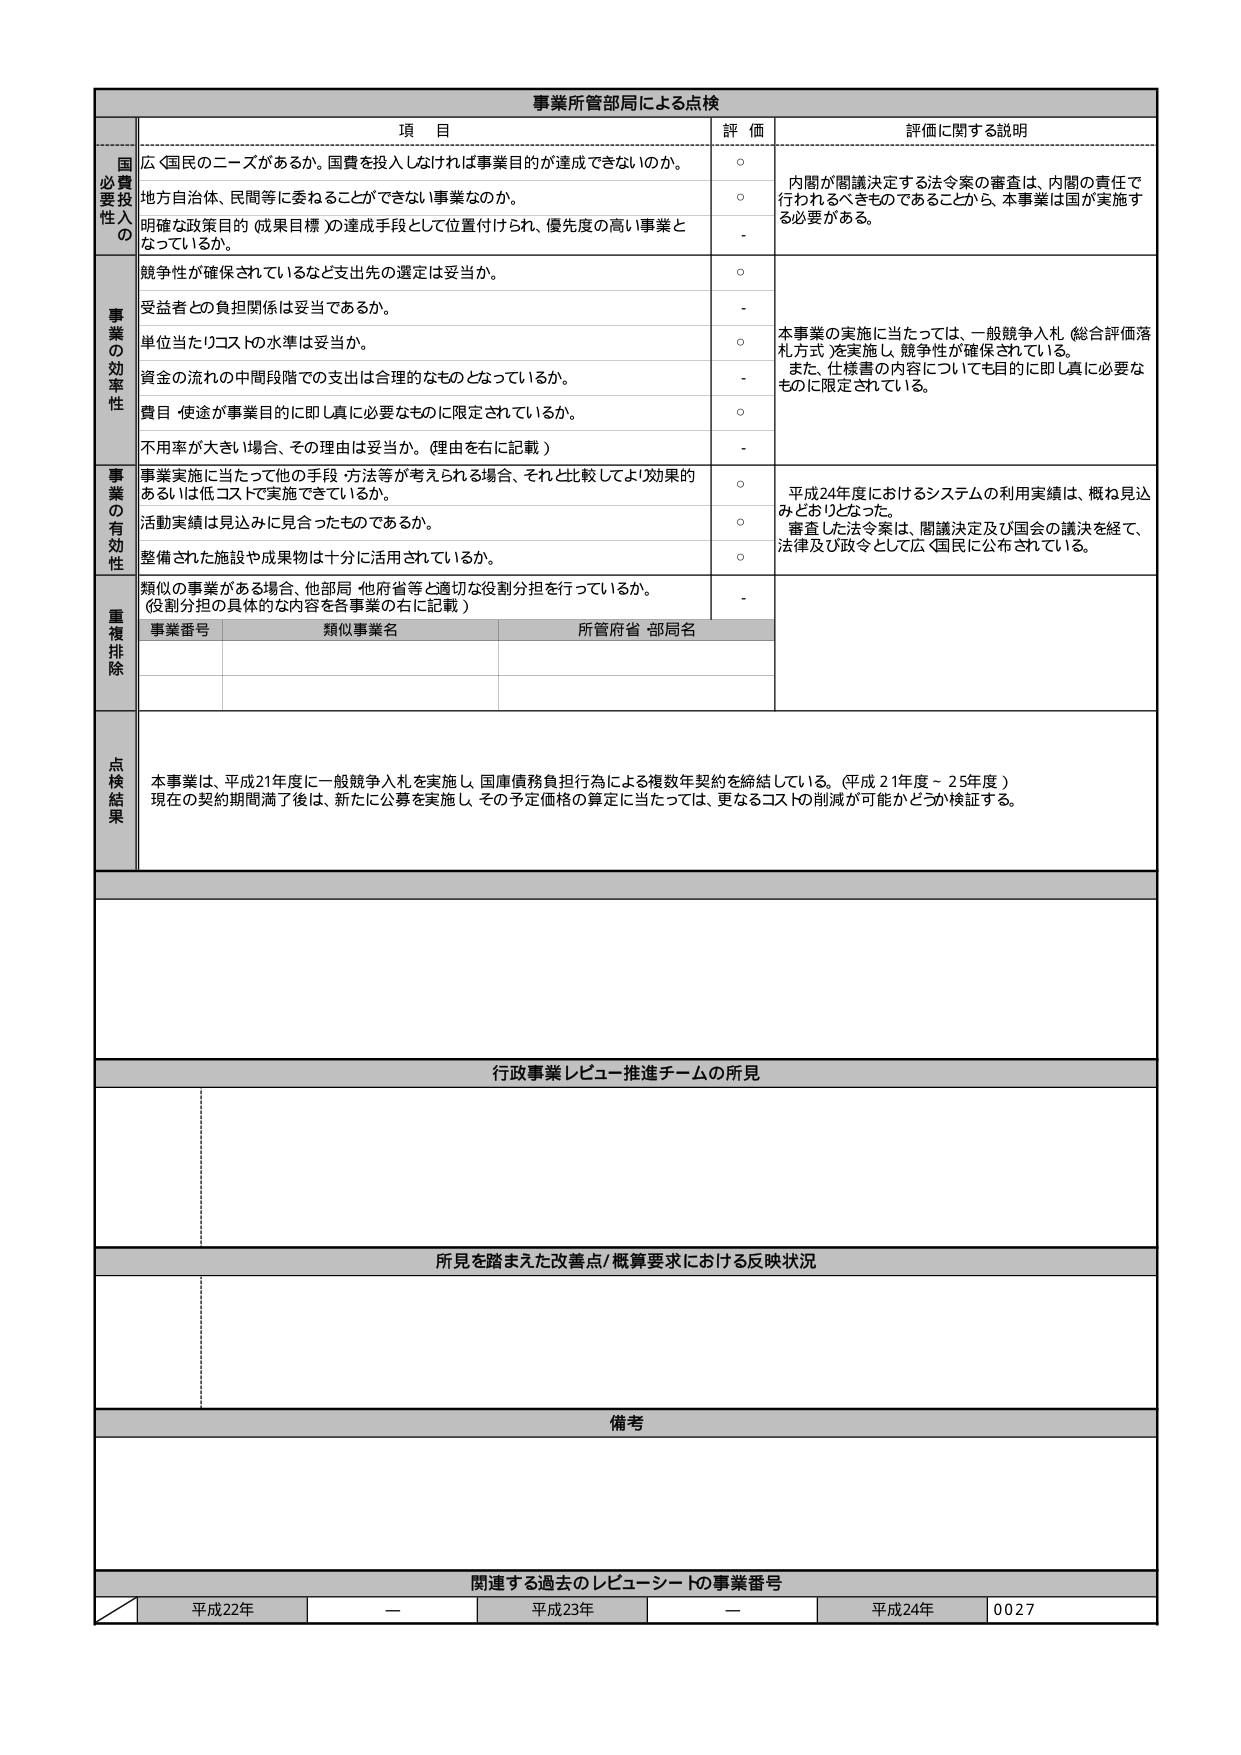
事業所管部局による点検

項 目
評 価
評価に関する説明

国費必要性の
広く国民のニーズがあるか。国費を投入しなければ事業目的が達成できないのか。
○
内閣が閣議決定する法令案の審査は、内閣の責任で行われるべきものであることから、本事業は国が実施する必要がある。

地方自治体、民間等に委ねることができない事業なのか。
○

明確な政策目的（成果目標）の達成手段として位置付けられ、優先度の高い事業となっているか。
-

事業の効率性
競争性が確保されているなど支出先の選定は妥当か。
○
本事業の実施に当たっては、一般競争入札（総合評価落札方式）を実施し、競争性が確保されている。
また、仕様書の内容についても目的に即し真に必要なものに限定されている。

受益者との負担関係は妥当であるか。
-

単位当たりコストの水準は妥当か。
○

資金の流れの中間段階での支出は合理的なものとなっているか。
-

費目・用途が事業目的に即し真に必要なものに限定されているか。
○

不使用率が大きい場合、その理由は妥当か。（理由を右に記載）
-

事業の有効性
事業実施に当たって他の手段・方法等が考えられる場合、それと比較してより効果的あるいは低コストで実施できているか。
○
平成24年度におけるシステムの利用実績は、概ね見込みどおりとなった。
審査した法令案は、閣議決定及び国会の議決を経て、法律及び政令として広く国民に公布されている。

活動実績は見込みに見合ったものであるか。
○

整備された施設や成果物は十分に活用されているか。
○

重複排除
類似の事業がある場合、他部局・他府省等と適切な役割分担を行っているか。
（役割分担の具体的な内容を各事業の右に記載）
-

事業番号
類似事業名
所管府省・部局名

点検結果
本事業は、平成21年度に一般競争入札を実施し、国庫債務負担行為による複数年契約を締結している。（平成21年度～25年度）
現在の契約期間満了後は、新たに公募を実施し、その予定価格の算定に当たっては、更なるコストの削減が可能かどうか検証する。

行政事業レビュー推進チームの所見

所見を踏まえた改善点／概算要求における反映状況

備考

関連する過去のレビューシートの事業番号
平成22年
ー
平成23年
ー
平成24年
0027